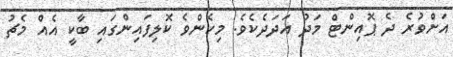
އަށްވުރެ ދެ ޕޮއިންޓް މަދު އަދަދެކެވެ. މިހެންވެ ކޮލިފައިންގައި ބާކީ އެއް މެޗު